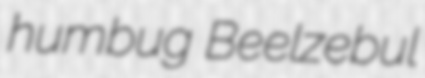
humbug Beelzebul